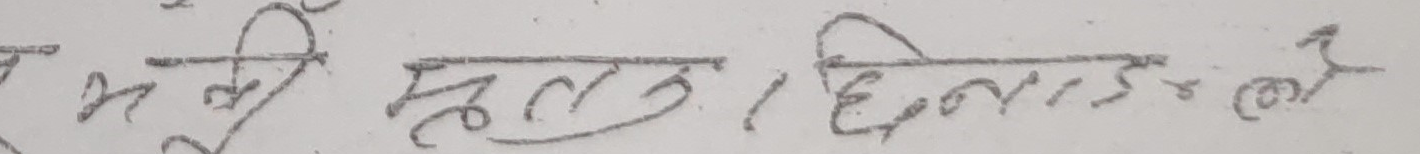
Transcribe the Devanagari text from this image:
भूमी मूल्य | दिनांक २५०८ २०८